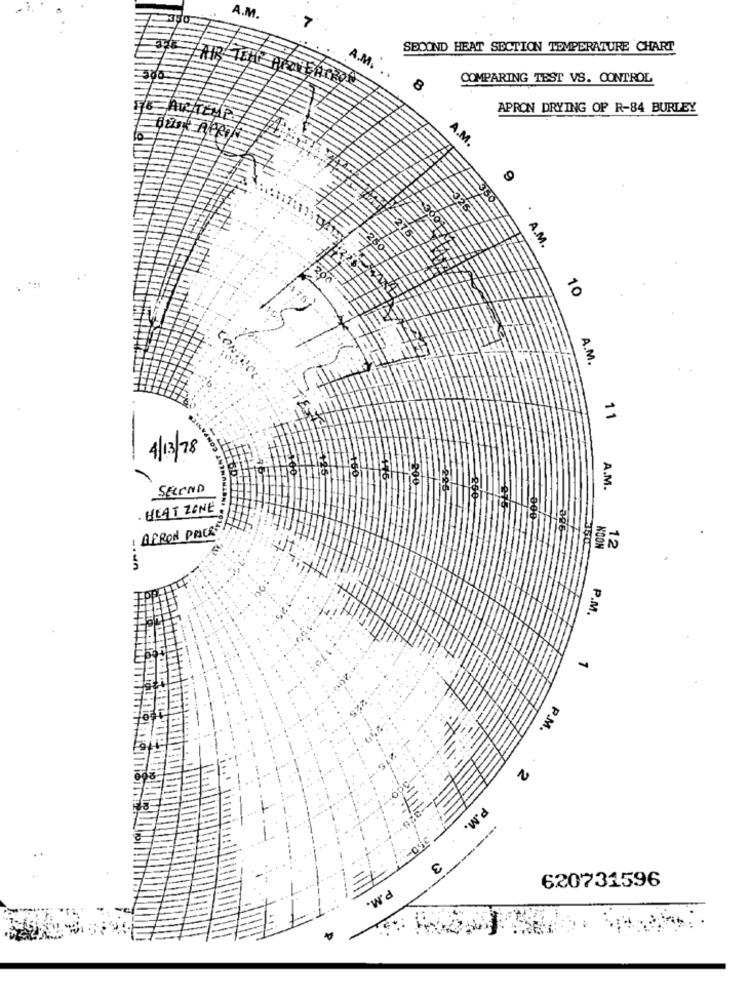
A.M.
7
SECOND HEAT SECTION TEMPERATURE CHART
A.M.
COMPARING TEST VS. CONTROL
Au
APRON DRYING OF R-84 BURLEY
TEM
Bust ner
A.M.
A.M.
10
A.M.
CONTROL
=
4/13/78
SECOND
A.M.
HEAT ZONE
AFRON PRICES
KOON
12
P.M.
-
P.M.
·w'd
---
620731596
P.M.
4